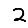
Digit: 2